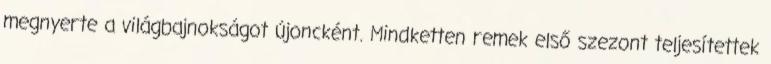
megnyerte a világbajnokságot újoncként. Mindketten remek első szezont teljesítettek